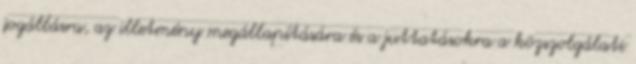
jogállásra, az illetmény megállapítására és a juttatásokra a közszolgálati